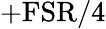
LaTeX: +\mathrm{FSR}/4